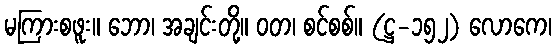
မကြားစဖူး။ ဘော၊ အချင်းတို့။ ဝတ၊ စင်စစ်။ (ဋ္ဌ-၁၅၂) လောကေ၊